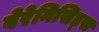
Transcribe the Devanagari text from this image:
बेरेनिसिड्स